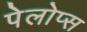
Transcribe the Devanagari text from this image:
पेलोप्स